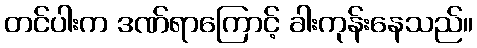
တင်ပါးက ဒဏ်ရာကြောင့် ခါးကုန်းနေသည်။